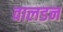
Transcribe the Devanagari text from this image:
वालडन